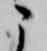
こ